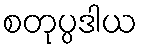
စတုပ္ပဒါယ